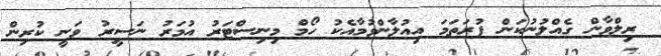
ރިލްވާން ގެއްލުނުކަން ފުރަތަމަ އިއުލާންވުމާއެކު ހޯމް މިނިސްޓަރު އުމަރު ނަސީރު ވަނީ ކުރިން